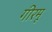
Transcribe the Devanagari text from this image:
गीरमू